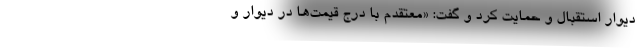
دیوار استقبال و حمایت کرد و گفت: «معتقدم با درج قیمت‌ها در دیوار و